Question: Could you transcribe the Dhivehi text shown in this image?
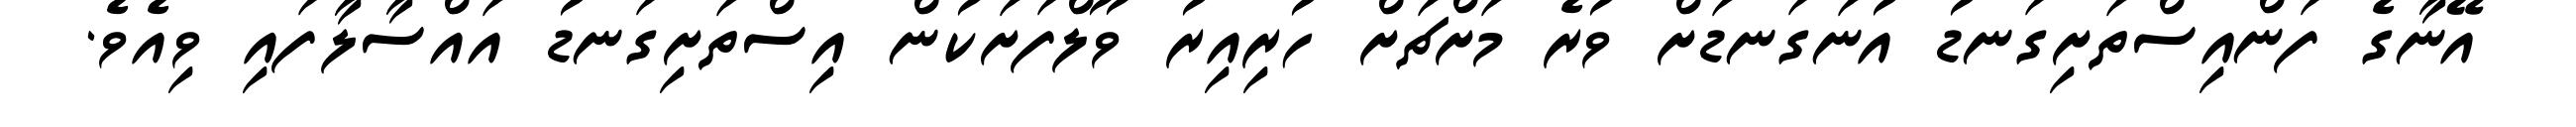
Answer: އޭނާގެ ފަންއިސްތަށިގަނޑު އުނަގަނޑަށް ވުރެ މަށްޗަށް ހުރިއިރު ވޫލްފަށަކުން އިސްތަށިގަނޑު އައްސާލާފައި ވިއެވެ.